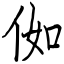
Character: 侞